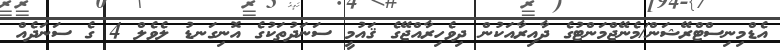
އެޑްމިނިސްޓްރޭޝަން/މެނޭޖްމަންޓުގެ ދާއިރާއަކުން ދިވެހިރާއްޖޭގެ ޤައުމީ ސަނަދުތަކުގެ އޮނިގަނޑު ލެވެލް 4 ގެ ސަނަދެއް